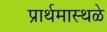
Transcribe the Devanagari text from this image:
प्रार्थमास्थळे